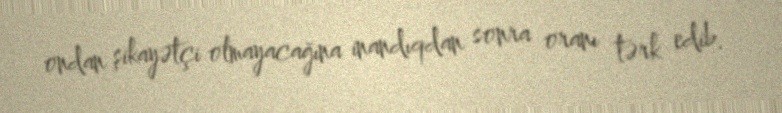
ondan şikayətçi olmayacağına inandıqdan sonra oranı tərk edib.